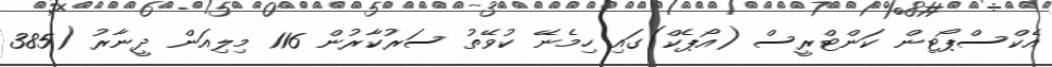
އެކްސްޕޯޓިން ކަންޓްރީސް (އޯޕެކް)ގައި ހިމެނޭ ކުވޭތު ސަރުކާރުން 116 މިލިއަން ދީނާރު (385